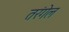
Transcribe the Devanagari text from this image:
तरंगेल